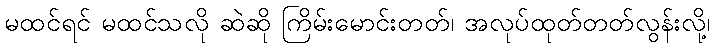
မထင်ရင် မထင်သလို ဆဲဆို ကြိမ်းမောင်းတတ်၊ အလုပ်ထုတ်တတ်လွန်းလို့၊